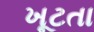
ખૂટતા